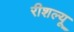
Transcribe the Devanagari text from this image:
रीशल्यू